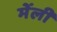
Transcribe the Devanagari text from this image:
मेंली